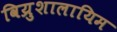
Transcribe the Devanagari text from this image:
विय्रुशालायिम